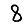
Digit: 8